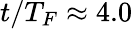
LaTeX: t/T_{F}\approx 4.0